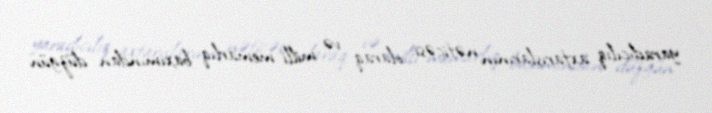
yaradıcılıq axtarışlarının nəticəsi olaraq və milli memarlıq baxımından düzgün